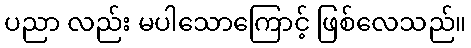
ပညာ လည်း မပါသောကြောင့် ဖြစ်လေသည်။